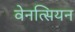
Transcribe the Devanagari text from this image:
वेनत्सियन